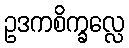
ဥဒကစိက္ခလ္လေ